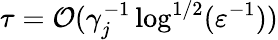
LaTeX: \tau=\mathcal{O}(\gamma_{j}^{-1}\log^{1/2}(\varepsilon^{-1}))